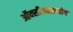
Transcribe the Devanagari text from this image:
ऑक्सीजनप्रयोग